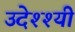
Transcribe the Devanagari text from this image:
उदेश्श्यी